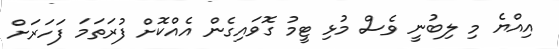
އިއްޔެ މި ލިބުނީ ވެސް މުޅި ޓީމު ގޮވައިގެން އެއްކޮށް ފުރަތަމަ ފަހަރަށް